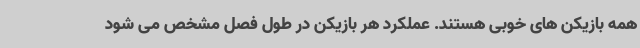
همه بازیکن های خوبی هستند. عملکرد هر بازیکن در طول فصل مشخص می شود